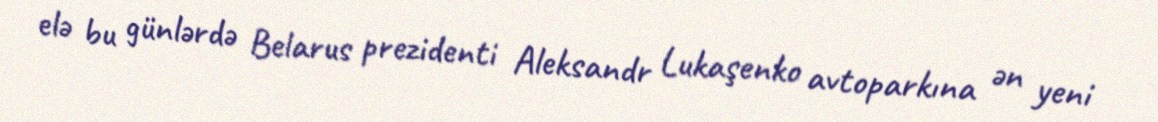
elə bu günlərdə Belarus prezidenti Aleksandr Lukaşenko avtoparkına ən yeni